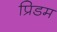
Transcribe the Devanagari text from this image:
प्रिडम